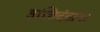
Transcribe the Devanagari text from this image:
हस्तिदंताना